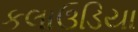
કલાઉડિયા